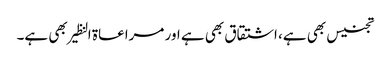
تجنیس بھی ہے، اشتقاق بھی ہے اور مراعاۃ النظیر بھی ہے۔